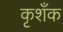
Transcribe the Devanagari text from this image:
कृशँक